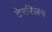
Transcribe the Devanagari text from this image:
टेररिज़म